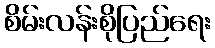
စိမ်းလန်းစိုပြည်ရေး